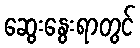
ဆွေးနွေးရာတွင်